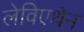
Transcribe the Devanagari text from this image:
लेविएथेन